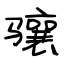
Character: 骧